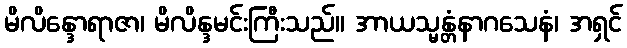
မိလိန္ဒောရာဇာ၊ မိလိန္ဒမင်းကြီးသည်။ အာယသ္မန္တံနာဂသေနံ၊ အရှင်